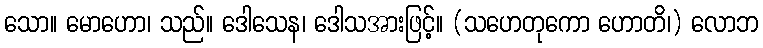
သော။ မောဟော၊ သည်။ ဒေါသေန၊ ဒေါသအားဖြင့်။ (သဟေတုကော ဟောတိ၊) လောဘ